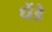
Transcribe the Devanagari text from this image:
धेंडे